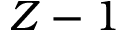
Z - 1